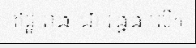
ឥដ្ឋ រាង ជា រង្វង់ លើក